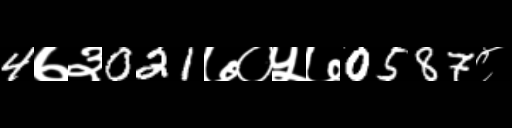
Text: 4७३021७०५७0587८